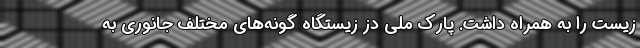
زیست را به همراه داشت. پارک ملی دز زیستگاه گونه‌های مختلف جانوری به